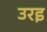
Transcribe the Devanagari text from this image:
उरइ